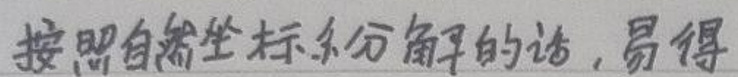
按照自然坐标系分解的话，易得